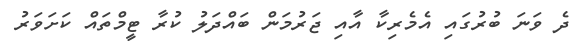
ދެ ވަނަ ބުރުގައި އެމެރިކާ އާއި ޖަރުމަން ބައްދަލު ކުރާ ޓީމްތައް ކަށަވަރު